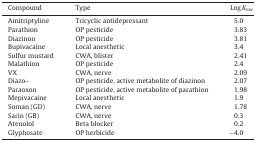
<table><thead><tr><td><b>Compound</b></td><td><b>Type</b></td><td><b>Log <i>K</i><sub>ow</sub></b></td></tr></thead><tbody><tr><td>Amitriptyline</td><td>Tricyclic antidepressant</td><td>5.0</td></tr><tr><td>Parathion</td><td>OP pesticide</td><td>3.83</td></tr><tr><td>Diazinon</td><td>OP pesticide</td><td>3.81</td></tr><tr><td>Bupivacaine</td><td>Local anesthetic</td><td>3.4</td></tr><tr><td>Sulfur mustard</td><td>CWA, blister</td><td>2.41</td></tr><tr><td>Malathion</td><td>OP pesticide</td><td>2.4</td></tr><tr><td>VX</td><td>CWA, nerve</td><td>2.09</td></tr><tr><td>Diazo–</td><td>OP pesticide, active metabolite of diazinon</td><td>2.07</td></tr><tr><td>Paraoxon</td><td>OP pesticide, active metabolite of parathion</td><td>1.98</td></tr><tr><td>Mepivacaine</td><td>Local anesthetic</td><td>1.9</td></tr><tr><td>Soman (GD)</td><td>CWA, nerve</td><td>1.78</td></tr><tr><td>Sarin (GB)</td><td>CWA, nerve</td><td>0.3</td></tr><tr><td>Atenolol</td><td>Beta blocker</td><td>0.2</td></tr><tr><td>Glyphosate</td><td>OP herbicide</td><td>−4.0</td></tr></tbody></table>